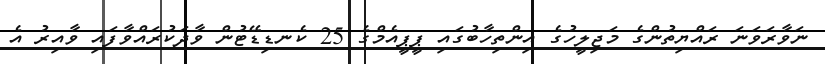
ނަވާރަވަނަ ރައްޔިތުންގެ މަޖިލީހުގެ އިންތިހާބުގައި ޕީޕީއެމްގެ 25 ކެނޑިޑޭޓުން ވާދަކުރައްވާފައި ވާއިރު އެ